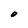
Character: O